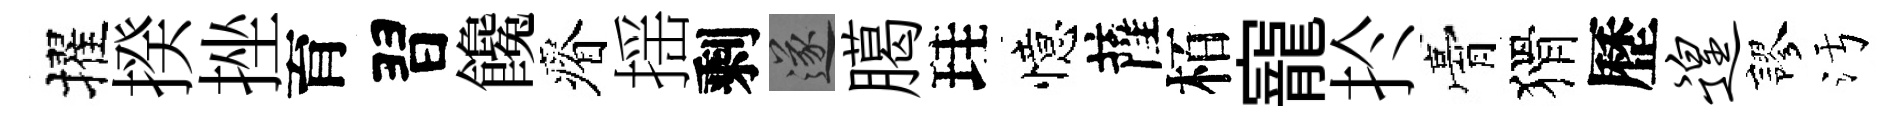
擢揆挫育習饞瘠揺剩遂臈珪憶薩栢寵扵膏猾歷遑謬污